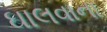
ઘાલવાના